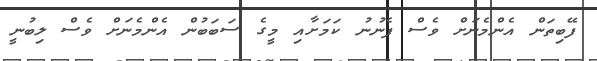
ފޭބިތަން އެންމެނަށް ވެސް ފެނުނު ކަމަށާއި މީގެ ސަބަބުން އެންމެނަށް ވެސް ލިބުނީ